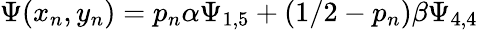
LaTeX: \Psi(x_{n},y_{n})=p_{n}\alpha\Psi_{1,5}+(1/2-p_{n})\beta\Psi_{4,4}